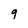
Character: 9